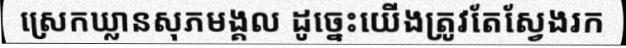
ស្រេកឃ្លានសុភមង្គល ដូច្នេះយើងត្រូវតែស្វែងរក